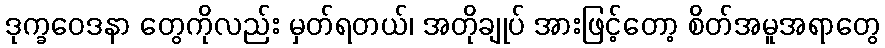
ဒုက္ခဝေဒနာ တွေကိုလည်း မှတ်ရတယ်၊ အတိုချုပ် အားဖြင့်တော့ စိတ်အမူအရာတွေ